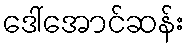
ဒေါ်အောင်ဆန်း